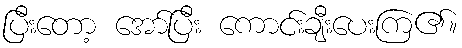
ပြီးတော့ အော်ပြီး ကောင်းချီးပေးကြ၏။